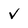
Character: v